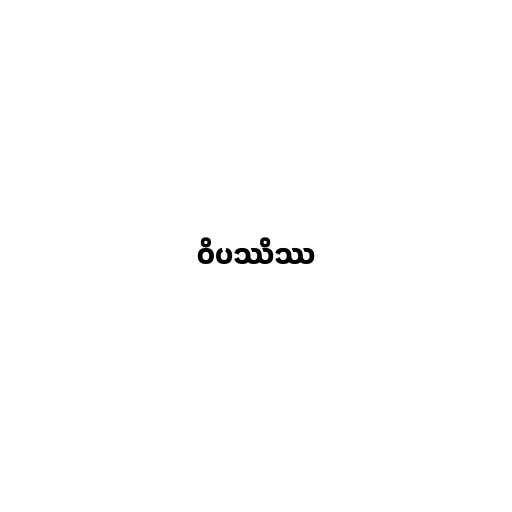
ဝိပဿိဿ